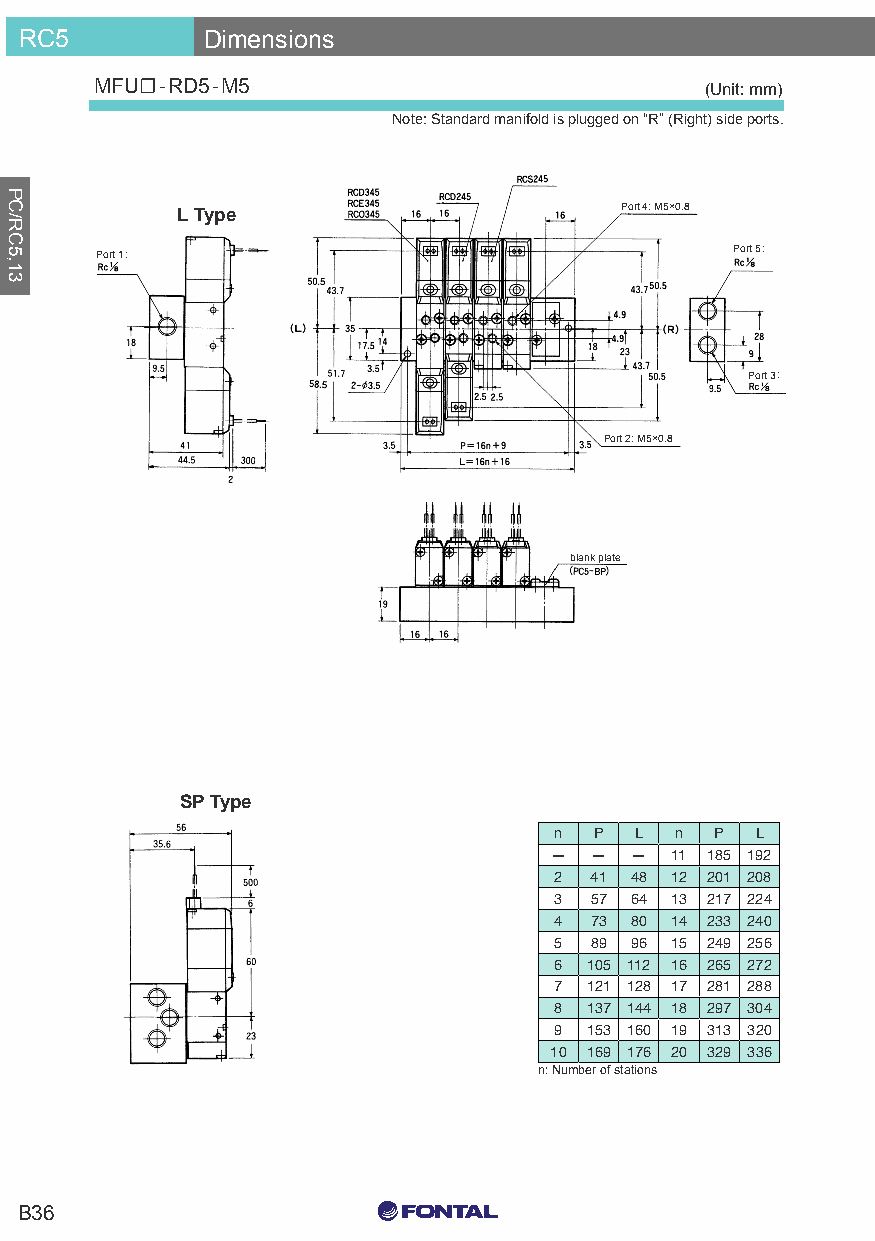
RC5         Dimensions
 MFU☐-RD5-M5                              (Unit: mm)
 Note: Standard manifold is plugged on “R” (Right) side ports.
 L Type                       Port 4: M5×0.8
 Port 1:                                   Port 5:
 Port 3:
 Port 2: M5×0.8
 blank plate
 SP Type
 n P  L  n P  L
 —  —  — 11 185 192
 2 41 48 12 201 208
 3 57 64 13 217 224
 4 73 80 14 233 240
 5 89 96 15 249 256
 6 105 112 16 265 272
 7 121 128 17 281 288
 8 137 144 18 297 304
 9 153 160 19 313 320
 10 169 176 20 329 336
 n: Number of stations
 C0 M0 Y15 K15
 B36
 C0 M0 Y0 K100
 C0 M0 Y0 K0
 PC/RC5,13